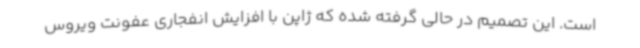
است. این تصمیم در حالی گرفته شده که ژاپن با افزایش انفجاری عفونت ویروس